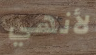
لأنهي